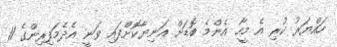
ހައްޔަރު ކުރި އެ މީހާ އެންމެ ބޮޑަށް އަނިޔާކޮށްފައި ވަނީ އެދެމަފިރިންގެ 11